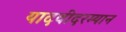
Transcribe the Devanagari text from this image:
यादवीदरम्यान